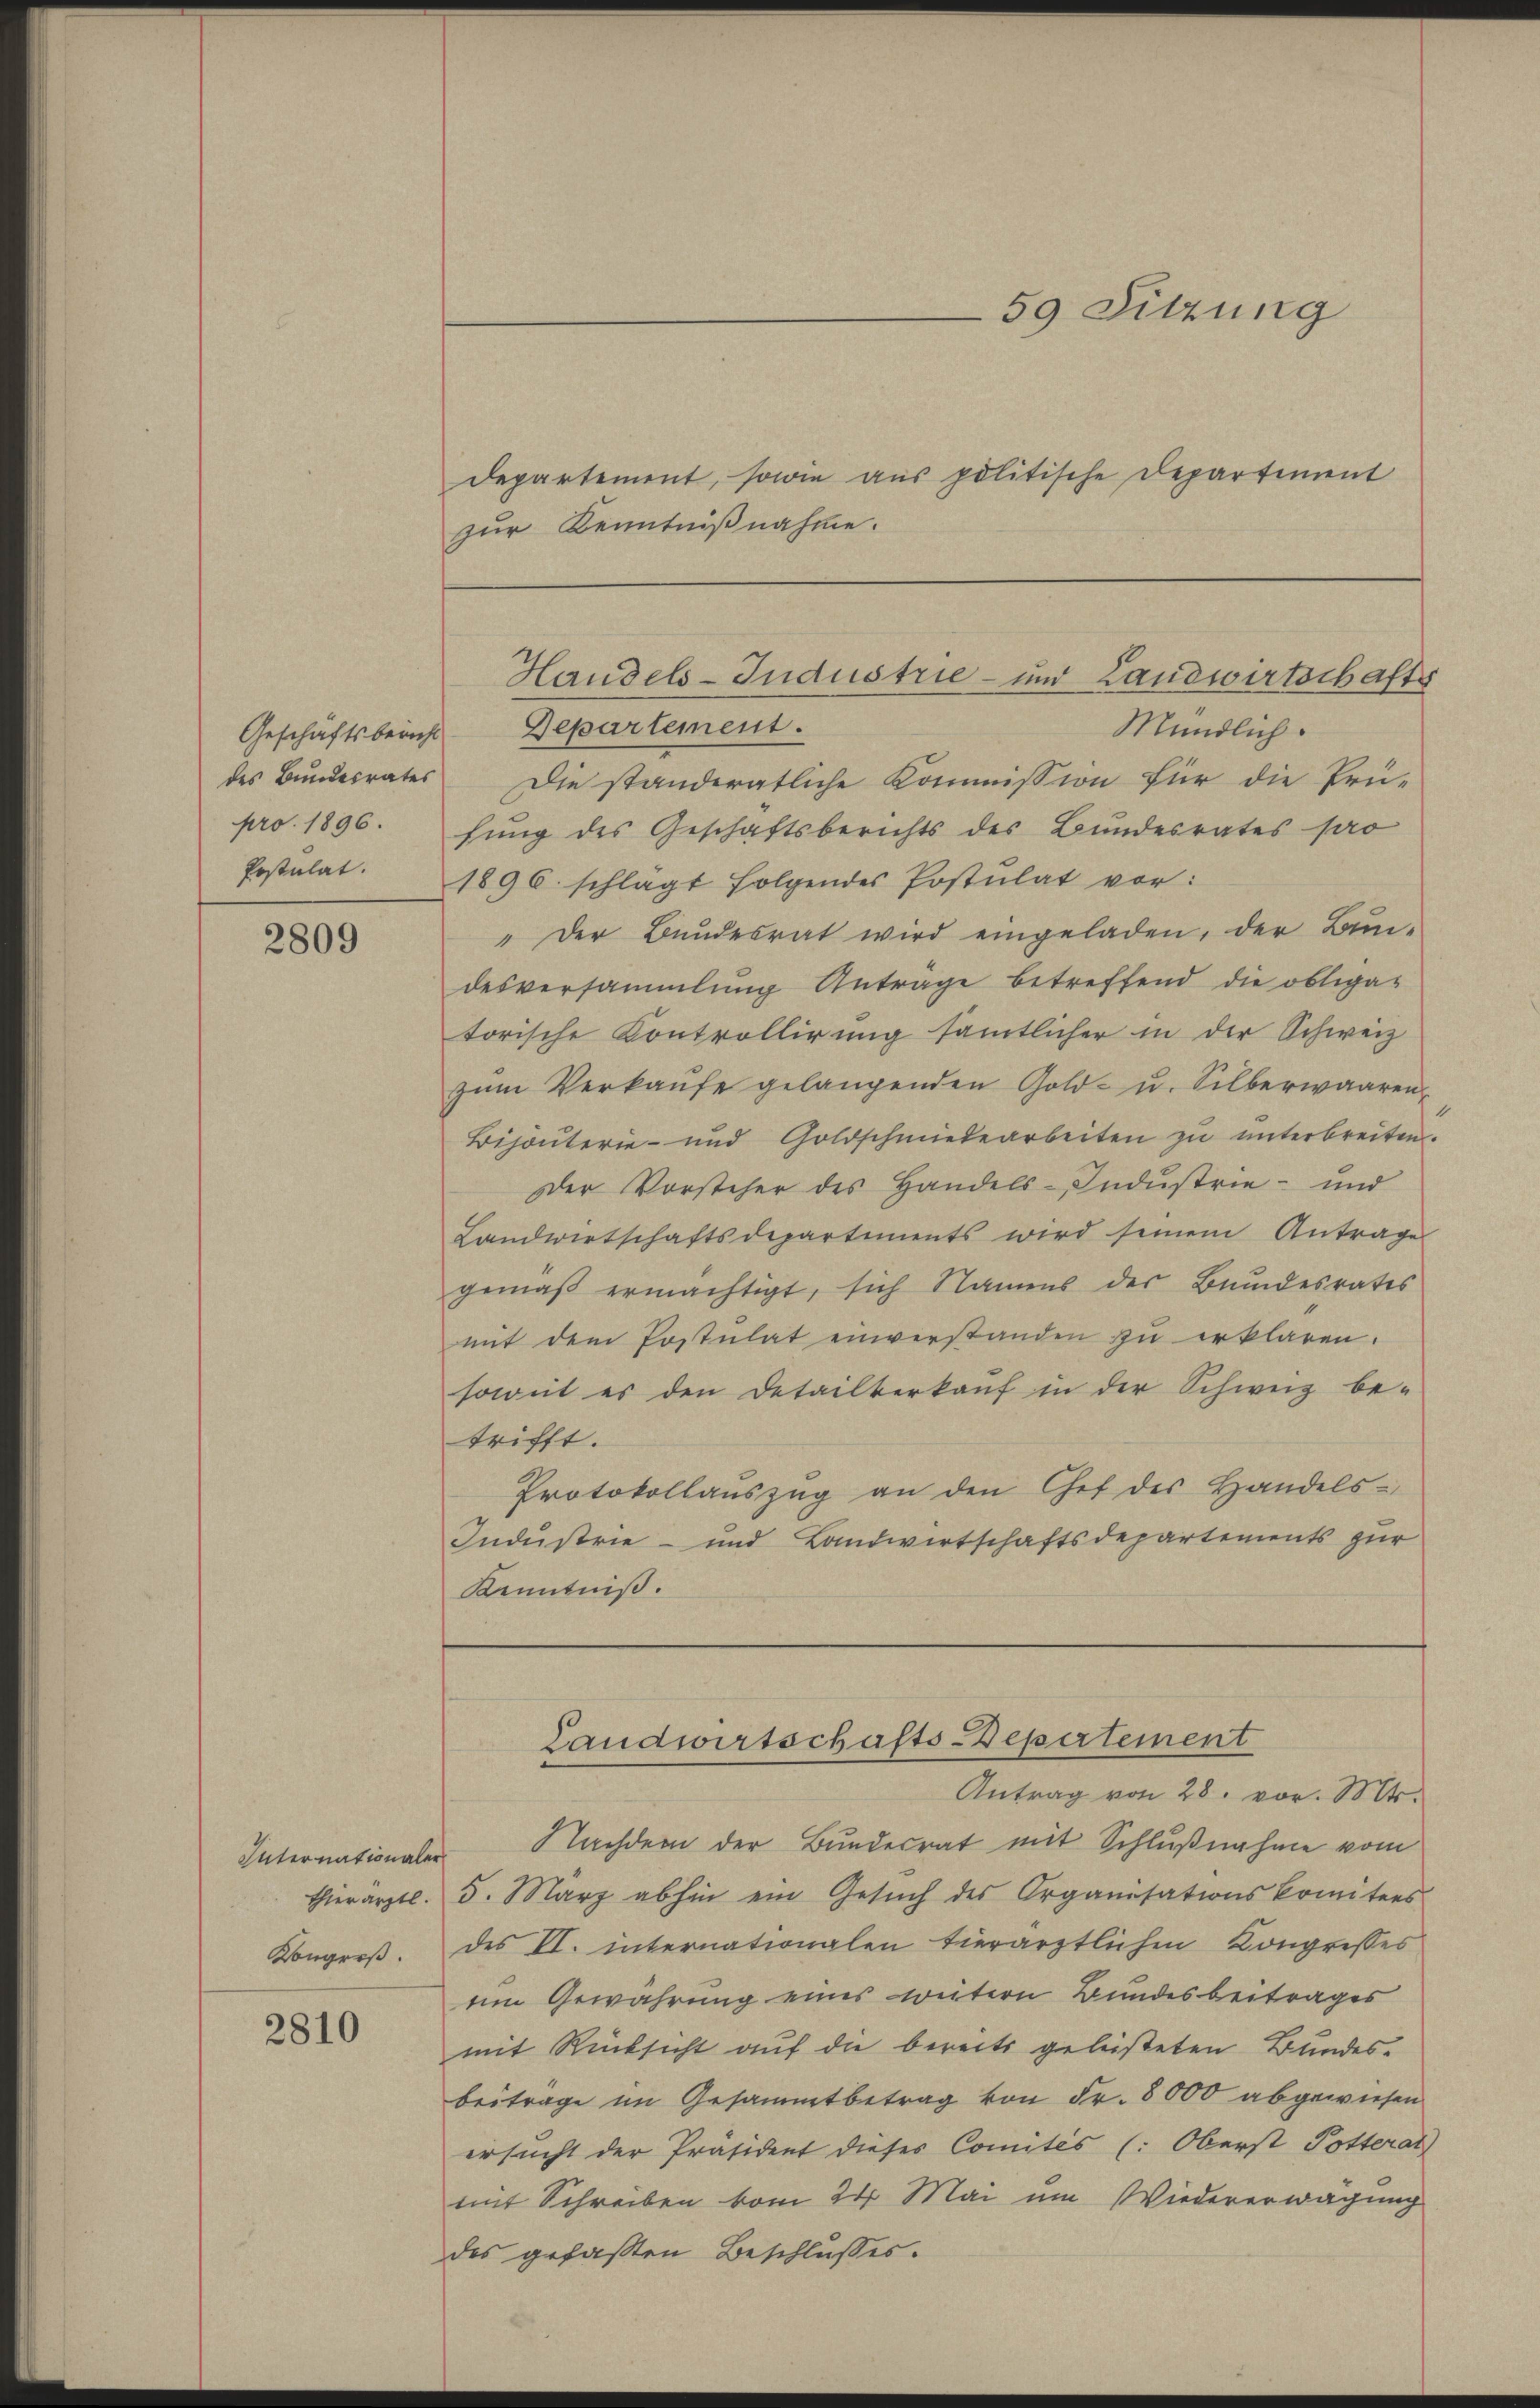
pro. 1896.
Postulat.

2809

Mündlich.
Geschäftsbericht Departement.
des Bundesrates Die ständeratliche Kommission für die Prü-
fung des Geschäftsberichts des Bundesrates pro
1896. schlägt folgendes Postulat vor:
" Der Bundesrat wird eingeladen, der Bun-
desversammlung Anträge betreffend die obliga-
torische Kontrollirung sämtlicher in der Schweiz
zŭm Verkaŭfe gelangenden Gold- u. Silberwaaren-
Bijouterie- und Goldschmiedearbeiten zŭ ŭnterbreiten.
Der Vorsteher des Handels-Industrie- und
Landwirtschaftsdepartiments wird seinem Antrage
gemäβ ermächtigt, sich Namens der Bŭndesrates
mit dem Postulat einverstanden zu erklären.
soweit es den Detailverkaŭf in der Schweiz be-
trifft.
Protokollaŭszŭg an den Chef des Handels-
Industrie- und Landwirtschaftsdepartements zur
Kenntniß.

thierärztl.
Kongreß.

2810

departement, sowie aus politische Departement
zur Kenntnißnahme.

59 Sitzung

Handels-Industrie- und Landwirtschafts

Antrag von 28. vor. Mts.
Internationaler Nachdem der Bundesrat mit Schlußnahme vom
5. März abhin ein Gesŭch des Organisationskomitees
des VI. internationalen tierärztlichen Kongresses
um Gewahrung eines weitern Bundesbeitrages
mit Rücksicht auf die bereits geleisteten Bundes-
beiträge im Gesammtbetrag von Fr. 8000 abgewiesen
ersucht der Präsident dieses Comités (: Oberst Potterat
mit Schreiben vom 24. Mai um Wiedererwägung
des gefaßten Beschlusses.

Landwirtschafts-Depertement